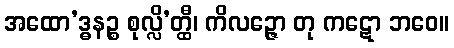
အထော’ဒ္ဓနဉ္စ စုလ္လိ’တ္ထီ၊ ကိလဉ္ဇော တု ကဋော ဘဝေ။